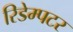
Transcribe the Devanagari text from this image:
रिडेम्पटर